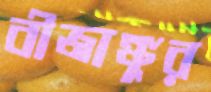
বীজাঙ্কুর